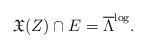
LaTeX: \begin{align*}\mathfrak{X}(Z) \cap E =\overline{\Lambda}^{\log}.\end{align*}